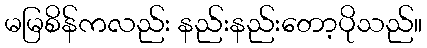
မမြစိန်ကလည်း နည်းနည်းတော့ပိုသည်။